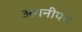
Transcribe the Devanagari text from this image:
अगनीपथ